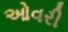
ઓવરી